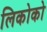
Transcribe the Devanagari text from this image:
लिकोको